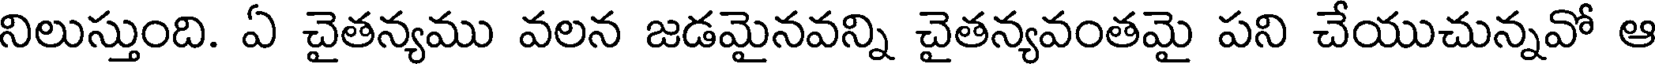
నిలుస్తుంది. ఏ చైతన్యము వలన జడమైనవన్ని చైతన్యవంతమై పని చేయుచున్నవో ఆ